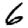
Digit: 6